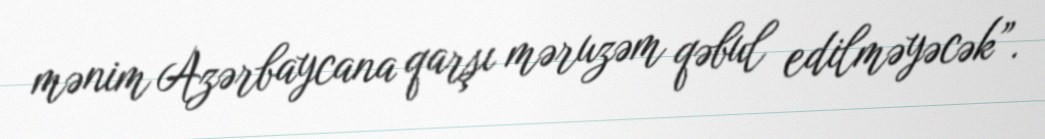
mənim Azərbaycana qarşı məruzəm qəbul edilməyəcək”.